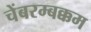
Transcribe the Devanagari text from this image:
चेंबरम्बक्कम